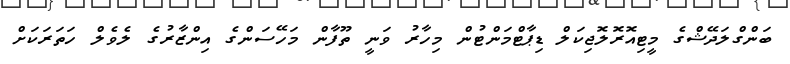
ބަންގްލަދޭޝްގެ މީޓިއޮރޮލޮޖިކަލް ޑިޕާޓްމަންޓުން މިހާރު ވަނީ ތޫފާން މަހޭސަންގެ އިންޒާރުގެ ލެވެލް ހަތަރަކަށް